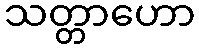
သတ္တာဟော